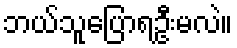
ဘယ်သူပြောရဦးမလဲ။